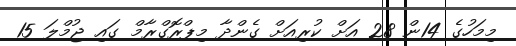
މިމަހުގެ 14ން 28 އަށް ކުރިއަށް ގެންދާ މިޕްރޮގްރާމް ގައި ޖުމްލަ 15